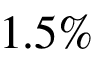
1 . 5 \%